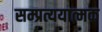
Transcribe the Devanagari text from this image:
सम्प्रत्ययात्मक